Report of the King Institute of Preventive Medicine, Guindy
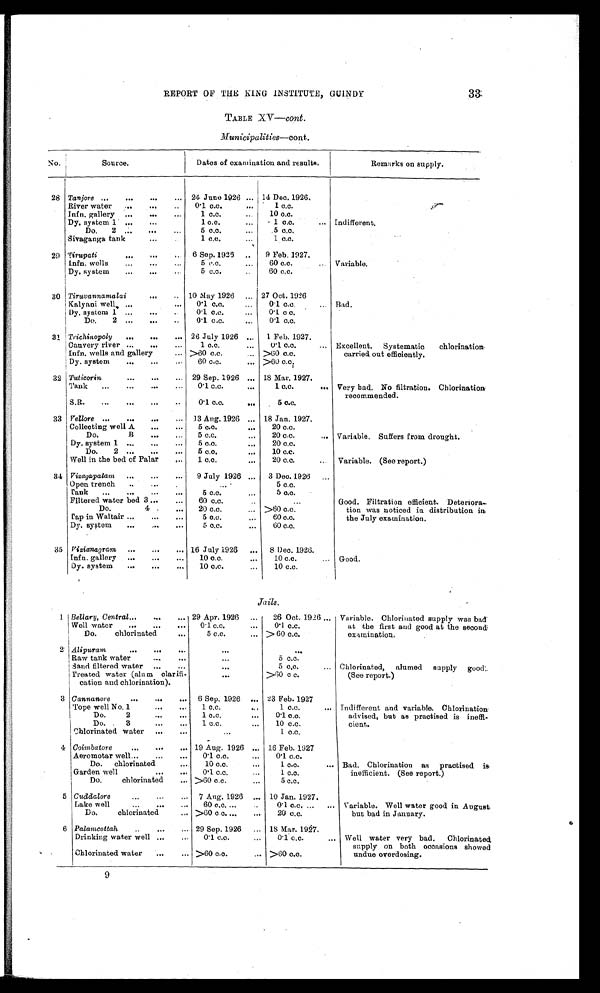
33
REPORT OF THE KING INSTITUTE, GUIND
Y
TABLE XV—cont.
Municipalities—cont.
No.
Source.
Dates of examination and results.
Remarks on supply.
28 Tanjore ...
...
...
... 24 June 1926 ... 14 Dec. 1926.
Indifferent.
River water
...
...
...
0.1 c.c.
,..
1 c.c.
Infn. gallery ...
...
...
1 c.c.
10 c.c.
Dy. system 1 ...
...
1 c.c.
...
1 c.c.
...
Do.
2 .:.
...
...
5 c.c.
...
5 c.c.
Sivaganga tank
...
1 c.c.
1 c.c.
29 Tirupati ...
...
6 Sep. 1925
..
9 Feb. ]927.
Variable.
Infn. wells
...
...
...
5 p.c.
...
60 c.c.
..
Dy. system
...
...
5 c.c.
..
60 c.c.
30 Tiruvannarnalai
10 May 1926
... 27 Oct. 1926
Bad.
Kalyani well, ...
...
0.1 c.c.
...
0.1 c.c.
...
Dy, system 1 ...
...
0.1 c.c.
...
0 . 1 c . c .
Do.
2 ...
...
..
0.1 c.c.
...
0.1 c.c.
31 Trichinopoly
...
...
... 26 July 1926
1 Feb. 1927.
Excellent.
Systematic
chlorination.
carried out efficiently.
Cauvery river ...
...
...
1 c.c.
...
0.1 c.c.
...
Infn. wells and gallery
... >60 c.c.
>60 c.c.
Dy. system
...
...
...
60 c.c.
... > 6 0 c . c .
32 Tuticorin
...
...
... 29 Sep. 1926 ... 18 Mar. 1927.
Very bad. No filtration. Chlorination
recommended.
Tank
...
...
...
...
0.1 c.c.
...
1. c.c.
...
S.B. ... ... ... ...
0. 1 c. c. . . .
5 c.c.
33 Vellore ...
...
...
... 13 Aug. 1926 ... 18 Jan, 1927.
Variable. Suffers from drought.
Variable. (See report.)
Collecting well A
...
...
5 c.c.
...
20 c.c.
Do.
B
. . . ...
5 c.c.
,.,
20 c.c.
...
Dy. system 1 ...
...
...
5 c.c.
••.
20 c.c.
Do.
2 ...
...
...
5 c. c.
...
10 c.c.
Well in the bed of Palar
1 c.c.
...
20 c.c.
34 Vizagapatam
...
...
...
9 July 1926 ...
3 Dec. 1926
...
Good. Filtration efficient. Deteriora
-
tion was noticed in distribution in
the July examination.
Open trench
..
...
.
5 c.c.
rank
...
...
...
...
5 c.c.
...
5 c.c.
Filtered water bed 3 ...
...
60 c.c.
Do.
4 .
...
20 c.c.
... >60 c.c.
Tap in Waltair ...
...
...
5 c.c.
...
60 c.c.
Dy. system
...
...
...
5 c.c.
...
6 0 c . c .
35 Vizianagram ...
...
... 16 July 1926
...
8 Dec. 1926.
Good.
Infn. gallery
...
...
...
10 c.c.
...
10 c.c.
...
Dy. system
...
...
...
10 c.c.
...
10 c.c.
Jails.
-
1.
Bellary, Central...
...
... 29 Apr. 1926
...
26 Oct. 1926 ... Variable. Chlorinated supply was bad
at the first and good at the second
examination.
Well water
,..
...
...
0.1 c.c.
...
0.1 c.c.
Do.
chlorinated
...
5 c.c.
... > 60 c.c.
2 Alipuram. . . . . . . . .
...
. . .
Chlorinated, alumed supply good
(See report.)
Raw tank water
...
. . .
...
5 c.c.
Sand filtered water ...
...
. . .
5 c.o.
...
Treated water (alum clarifi-
cation and chlorination).
...
>60 c c.
3 Cannanore
...
...
...
6 Sep. 1926 ... 23 Feb. 1927
Indifferent and variable. Chlorination
advised, but as practised is ineffi-
cient.
Tope well No. 1
...
...
1 c.c.
...
1 c.c.
...
Do.
2
...
...
1 c.c.
...
0.1 c.c.
Do. .
3
1 c.c.
...
10 c.c.
Chlorinated water
...
...
1 c . c .
4 Coimbatore ...
...
... 19 Aug. 1926 ... 16 Feb. 1927
Bad. Chlorination as practised is
inefficient. (See report.)
Aeromotar well...
...
...
0.1 c.c.
,„
0.1 c.c.
Do.
chlorinated
...
10 c.c.
1 c.c.
...
Garden well
...
...
0.1 c.c....
1 c.c..
Do.
chlorinated
... >60 c.c....
5 c . c .
5 Cuddalore
...
... ...
7 Aug. 1926 ... 10 Jan. 1927.
Variable. Well water good in August.
but bad in January.
Lake well
...
...
...
60 c.c. ...
0.1 c.c. ...
...
Do.
chlorinated
... >60 c.c. ...
...
20 c.c.
6 Palamcottah
..
...
... 29 Sep. 1926
18 Mar. 1927.
Well water very bad.
Chlorinated
supply on both occasions showed
undue overdosing.
Drinking water well ...
...
0.1 c.c.
...
0.1 c.c.
...
Chlorinated water
...
... >60 c.o.
... >60 c.c.
9